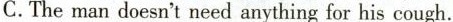
C.The man doesn't need anything for his cough.